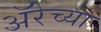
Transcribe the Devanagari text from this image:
ॲरेच्या